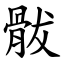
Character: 䯋